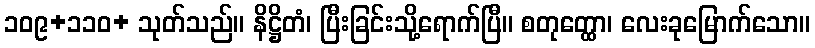
၁၀၉+၁၁၀+ သုတ်သည်။ နိဋ္ဌိတံ၊ ပြီးခြင်းသို့ရောက်ပြီ။ စတုတ္ထော၊ လေးခုမြောက်သော။